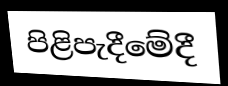
පිළිපැදීමේදී